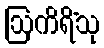
ဩကိရိံသု